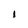
Character: I